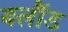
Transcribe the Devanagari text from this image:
बलौंड